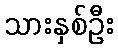
သားနှစ်ဦး